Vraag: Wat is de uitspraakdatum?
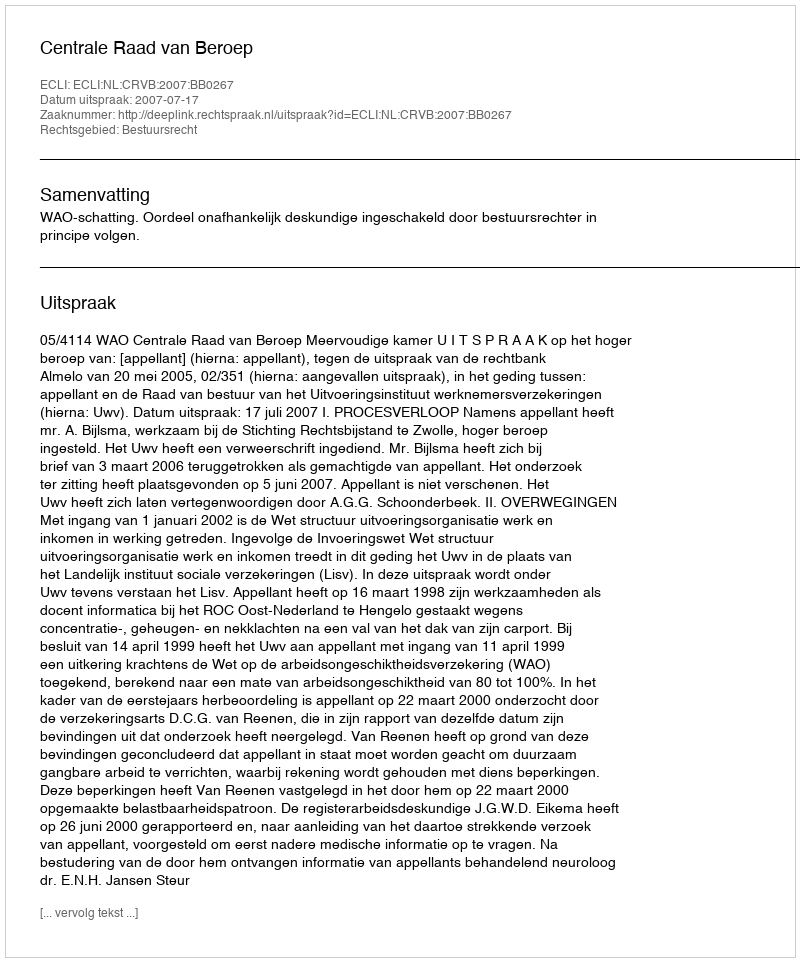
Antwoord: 2007-07-17